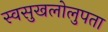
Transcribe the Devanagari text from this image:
स्वसुखलोलुपता